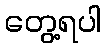
တွေ့ရပါ